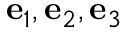
\mathbf { e } _ { 1 } , \mathbf { e } _ { 2 } , \mathbf { e } _ { 3 }